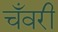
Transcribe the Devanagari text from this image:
चँवरी